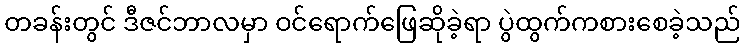
တခန်းတွင် ဒီဇင်ဘာလမှာ ဝင်ရောက်ဖြေဆိုခဲ့ရာ ပွဲထွက်ကစားစေခဲ့သည်